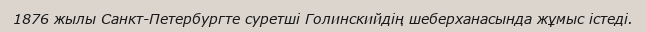
1876 жылы Санкт-Петербургте суретші Голинскийдің шеберханасында жұмыс істеді.